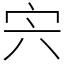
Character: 宍